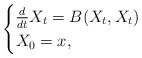
\begin{align*} \begin{cases}\frac{d}{dt} X_t = B(X_t,X_t) \\X_0 = x,\end{cases}\end{align*}